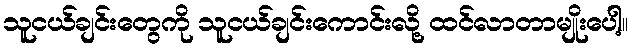
သူငယ်ချင်းတွေကို သူငယ်ချင်းကောင်းလို့ ထင်လာတာမျိုးပေါ့။